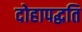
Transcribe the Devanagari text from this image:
दोहापद्धति